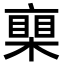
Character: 𣚏